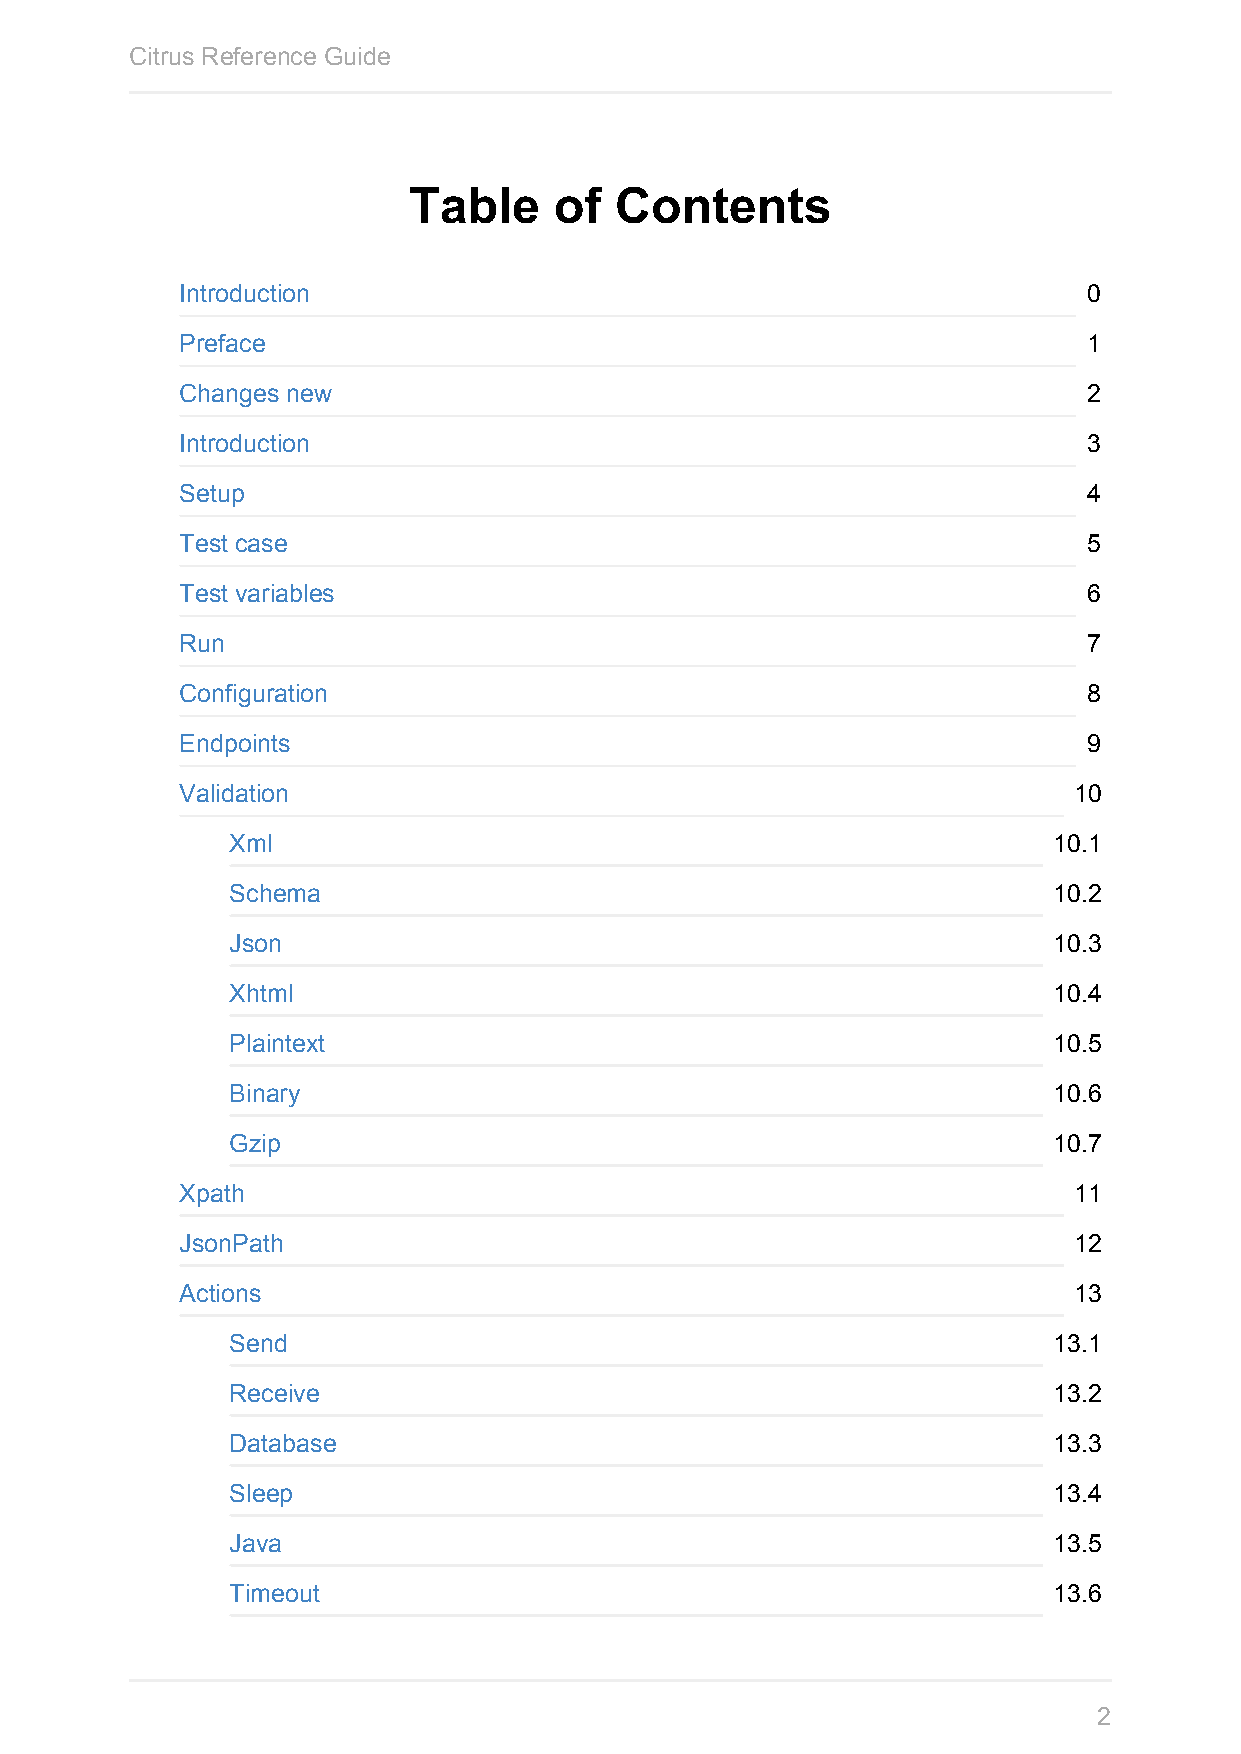
Citrus Reference Guide
 Table     of  Contents
 Introduction                                                0
 Preface                                                     1
 Changes new                                                 2
 Introduction                                                3
 Setup                                                       4
 Test case                                                   5
 Test variables                                              6
 Run                                                         7
 Configuration                                               8
 Endpoints                                                   9
 Validation                                                 10
 Xml                                                    10.1
 Schema                                                 10.2
 Json                                                   10.3
 Xhtml                                                  10.4
 Plaintext                                              10.5
 Binary                                                 10.6
 Gzip                                                   10.7
 Xpath                                                      11
 JsonPath                                                   12
 Actions                                                    13
 Send                                                   13.1
 Receive                                                13.2
 Database                                               13.3
 Sleep                                                  13.4
 Java                                                   13.5
 Timeout                                                13.6
 2